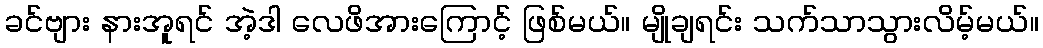
ခင်ဗျား နားအူရင် အဲ့ဒါ လေဖိအားကြောင့် ဖြစ်မယ်။ မျိုချရင်း သက်သာသွားလိမ့်မယ်။